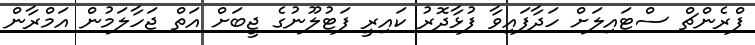
ފްރެންޗް ސްޓައިލަށް ހަދާފައިވާ ފުޅާދޮރު ކައިރީ ފަޓުލޫނުގެ ޖީބަށް އަތް ޖަހާލަމުން އަމްރާން